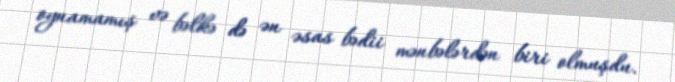
oynamamış və bəlkə də ən əsas bədii mənbələrdən biri olmuşdu.